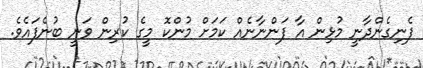
ފެނިގެންދާނީ މުޅިން އާ ފަންނާނެއް ކަމަށް މުންކޮ މީގެ ކުރިން ވަނީ ބުނެފައެވެ.